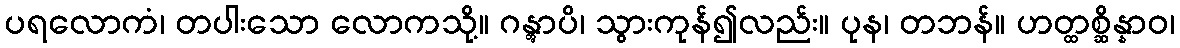
ပရလောကံ၊ တပါးသော လောကသို့။ ဂန္တွာပိ၊ သွားကုန်၍လည်း။ ပုန၊ တဘန်။ ဟတ္ထစ္ဆိန္နာဝ၊